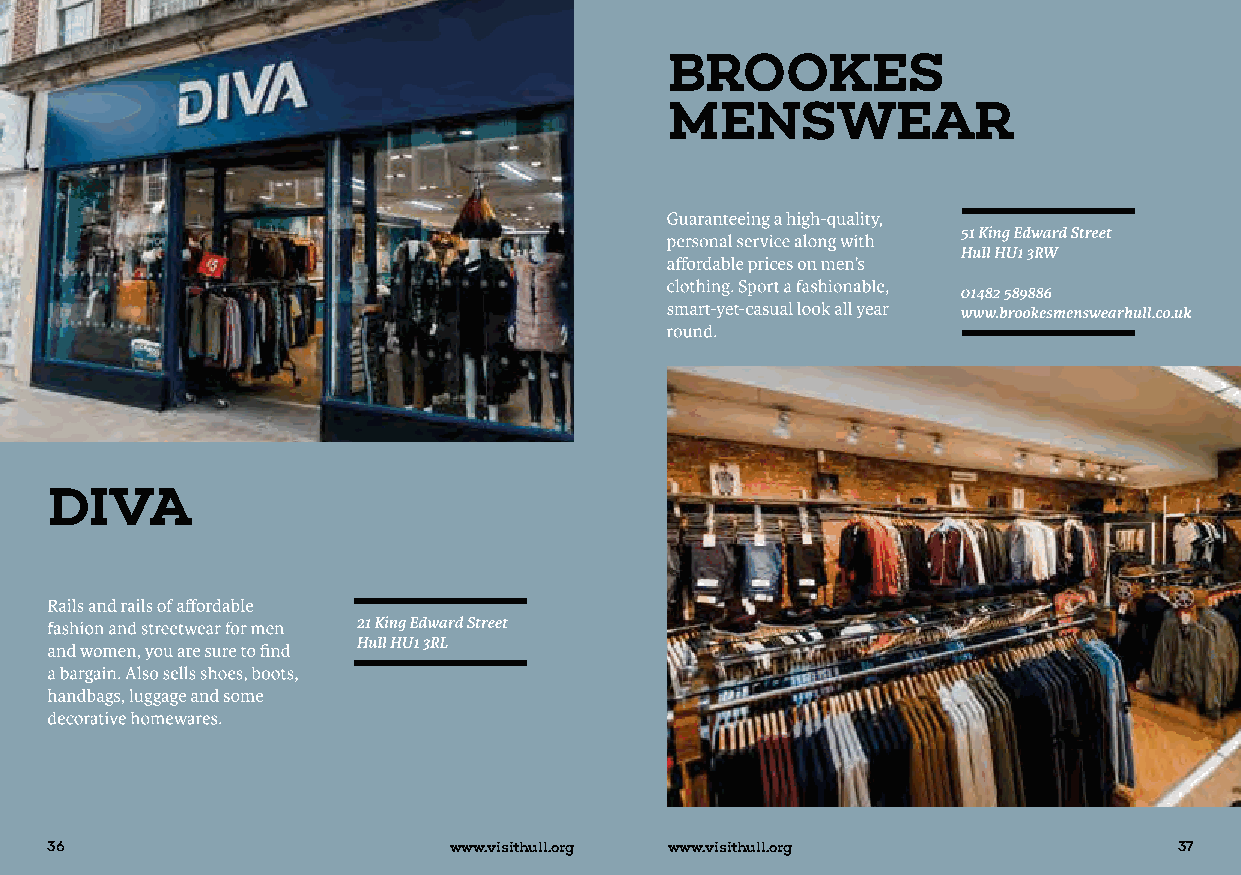
36                         www.visithull.org www.visithull.org             37